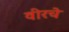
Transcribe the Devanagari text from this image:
वीरचे